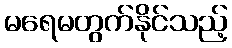
မရေမတွက်နိုင်သည့်